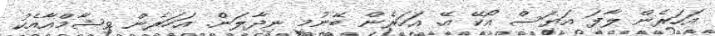
އަހަރެން ލާފަ އަޔަސް އޯކޭ އޭ. އަހަރެން ބޭނުމީ ނިދާލަން. އަހަރެން ވިޝާމްއާއެކު